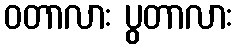
ဝတာလား ပွတာလား